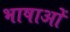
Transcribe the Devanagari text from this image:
भाषाओें